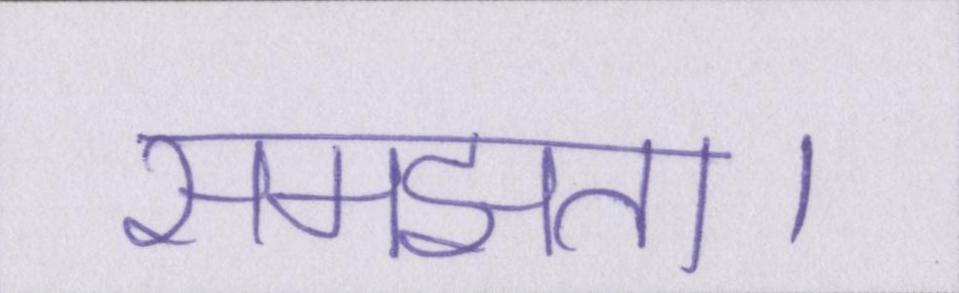
समझता।